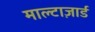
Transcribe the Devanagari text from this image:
माल्टाज़ार्ड